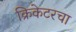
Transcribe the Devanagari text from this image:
क्रिकेटरचा